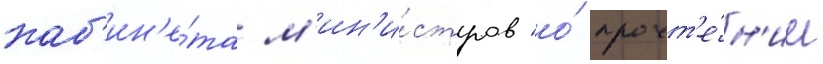
каб'ин'е́та м'ин'и́стров "о́ прочт'е́н'ии